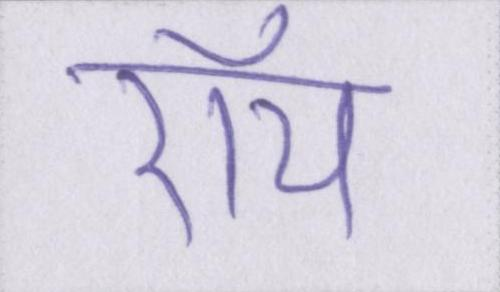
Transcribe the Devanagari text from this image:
रॉय